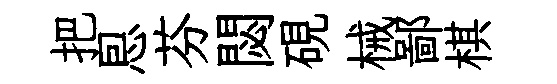
把㤙芬閟硯械鄙棋